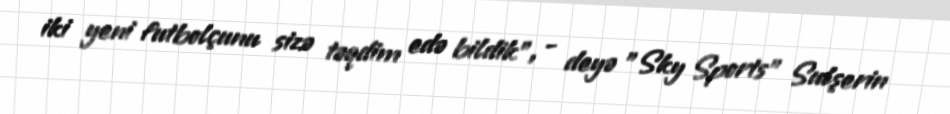
iki yeni futbolçunu sizə təqdim edə bildik", - deyə "Sky Sports" Sulşerin